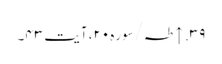
۳۹. ↑ طہ/سوره۲۰، آیت ۴۳۔